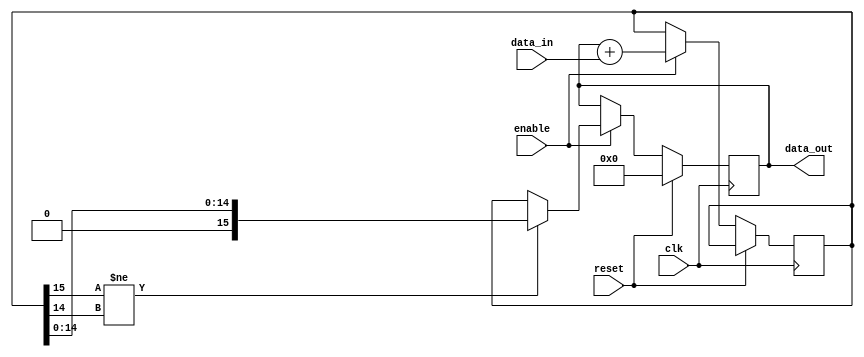
module accumulator (
    input wire clk,
    input wire reset,
    input wire enable,
    input wire [data_width-1:0] data_in,
    output wire [data_width-1:0] data_out
);

parameter int_bits = 8; // number of integer bits
parameter fract_bits = 8; // number of fractional bits
parameter data_width = int_bits + fract_bits; // total data width

reg [data_width-1:0] accumulator;
reg [data_width-1:0] data_sum;

always @(posedge clk) begin
    if (reset) begin
        accumulator <= 0;
    end else if (enable) begin
        data_sum <= accumulator + data_in;
        if (data_sum[data_width-1] != data_sum[data_width-2]) begin
            // overflow occurred, handle overflow logic here
            accumulator <= data_sum[data_width-2:0]; // truncate to original bit width
        end else begin
            accumulator <= data_sum[data_width-1:0]; // update accumulator value
        end
    end
end

assign data_out = accumulator;

endmodule